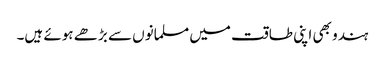
ہندو بھی اپنی طاقت میں مسلمانوں سے بڑھے ہوئے ہیں۔